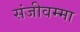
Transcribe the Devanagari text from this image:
संजीवम्मा